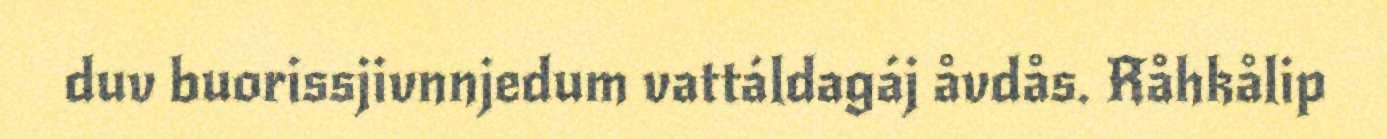
duv buorissjivnnjedum vattáldagáj åvdås. Råhkålip